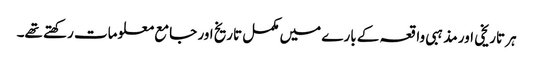
ہر تاریخی اور مذہبی واقعہ کے بارے میں مکمل تاریخ اور جامع معلومات رکھتے تھے۔